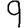
Digit: 9